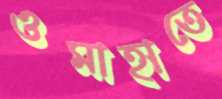
ওমাহাতে